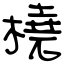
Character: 橈